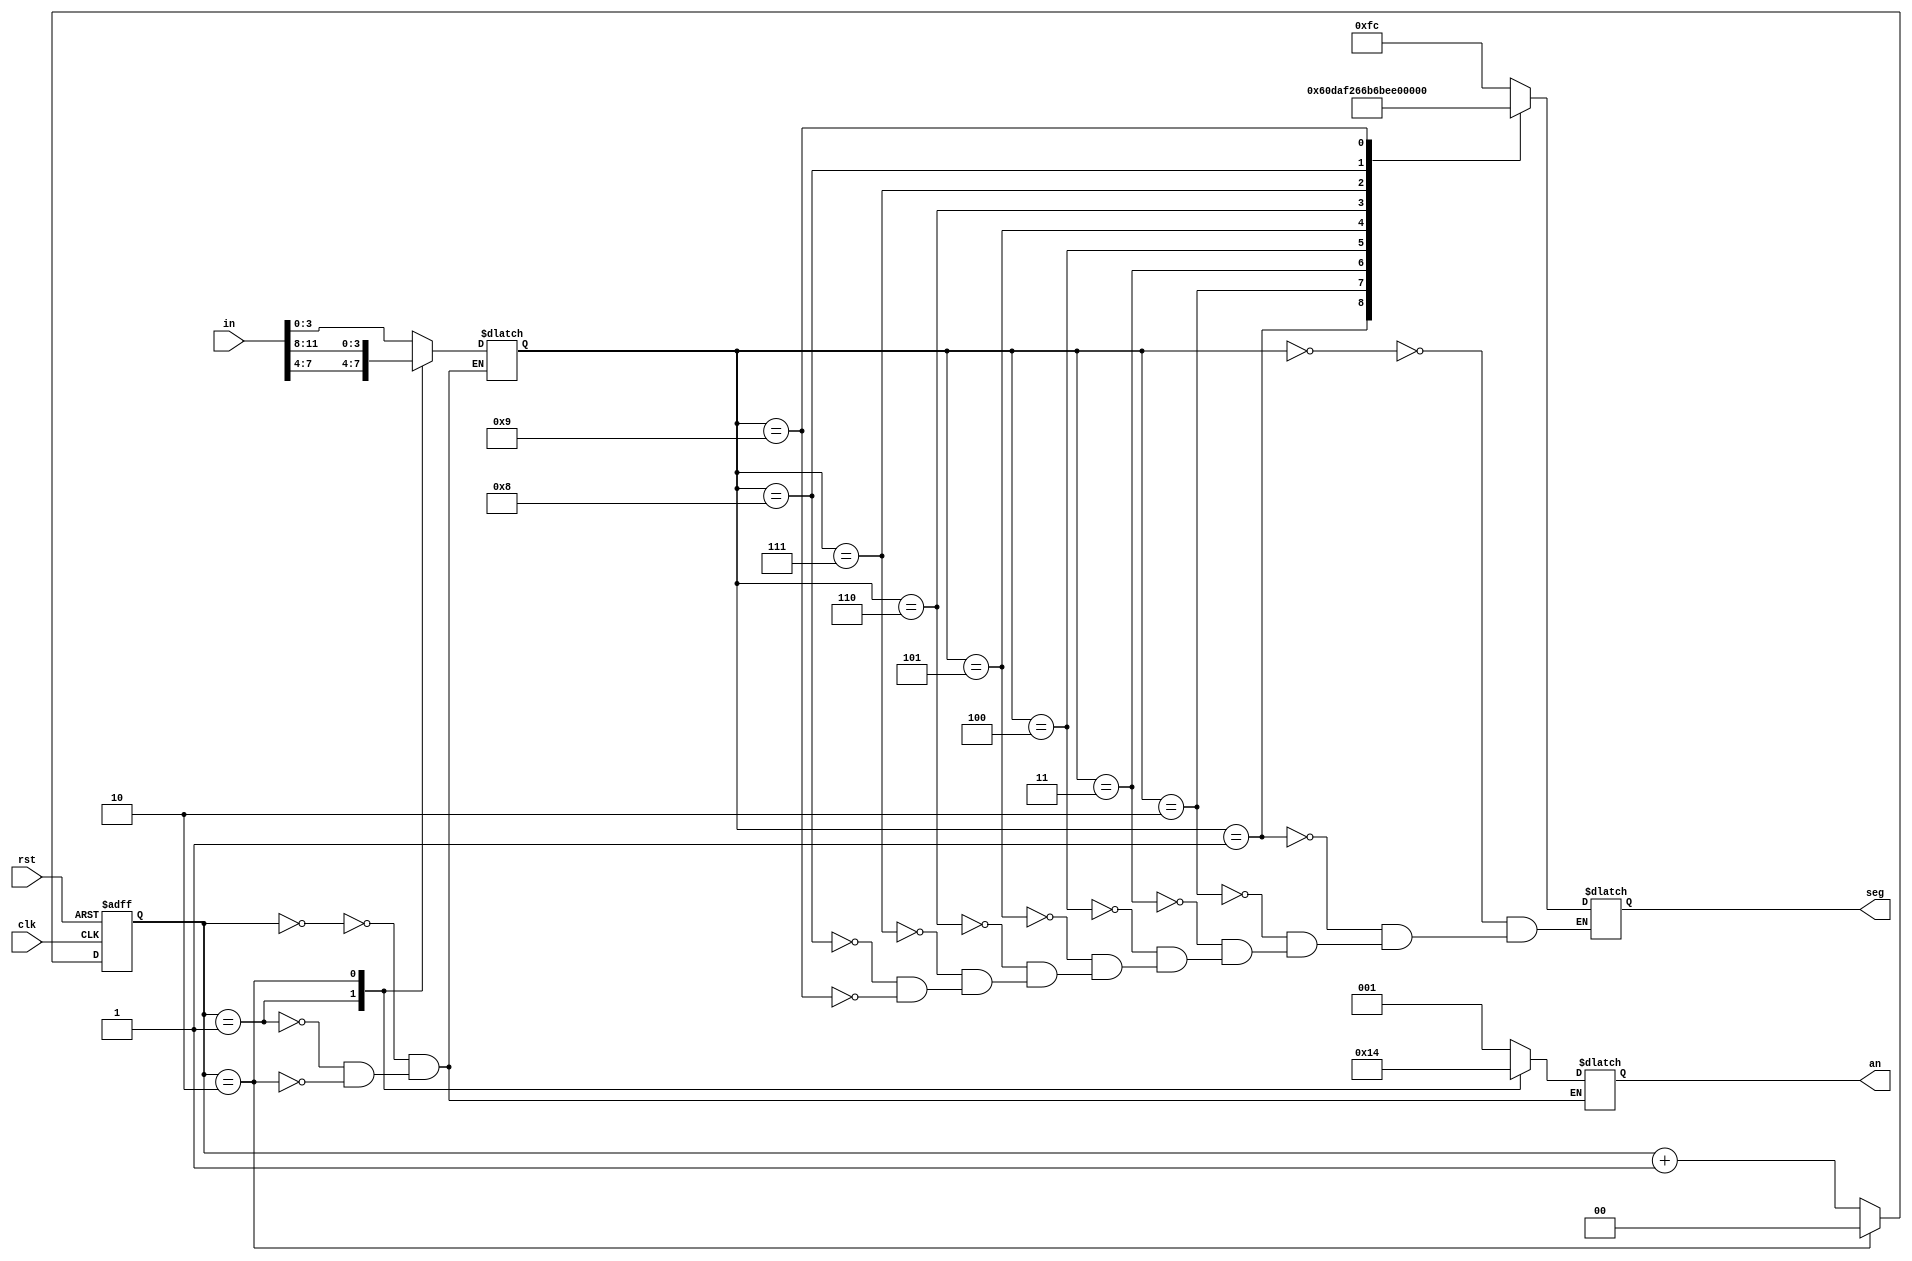
module led(
    input wire clk,
    input wire rst,
    input wire [11:0] in,

    output reg [7:0] seg,
    output reg [2:0] an
);
	parameter   _0 = 8'b1111_1100;
	parameter   _1 = 8'b0110_0000;
	parameter   _2 = 8'b1101_1010;
	parameter   _3 = 8'b1111_0010;
	parameter   _4 = 8'b0110_0110;
	parameter   _5 = 8'b1011_0110;
	parameter   _6 = 8'b1011_1110;
	parameter   _7 = 8'b1110_0000;
	parameter   _8 = 8'b1111_1110;
	parameter   _9 = 8'b1110_0110;
	parameter   _err = ~8'hcf;
       
    reg [1:0] bit; 
    reg [3:0] hex_in;
    
    always @ (posedge clk or negedge rst)   begin
        if (!rst)   begin
            bit = 0;
        end else if(bit==2'b10)begin
            bit =0;
        end else begin
            bit = bit + 1;
        end
    end

    always @ (*)    begin
        case (bit)
            2'b00:  begin
                an  <=  4'b001;
                hex_in  <=  in[3:0];
            end
            2'b01:  begin
                an  <=  4'b010;
                hex_in  <=  in[7:4];
            end
            2'b10:  begin
                an  <=  3'b100;
                hex_in  <=  in[11:8];
            end
        endcase
    end
    
    always @ (*) begin
        case (hex_in)
            4'h0: seg <= _0;
            4'h1: seg <= _1;
            4'h2: seg <= _2;
            4'h3: seg <= _3;
            4'h4: seg <= _4;
            4'h5: seg <= _5;
            4'h6: seg <= _6;
            4'h7: seg <= _7;
            4'h8: seg <= _8;
            4'h9: seg <= _9;
        endcase
    end
            
endmodule